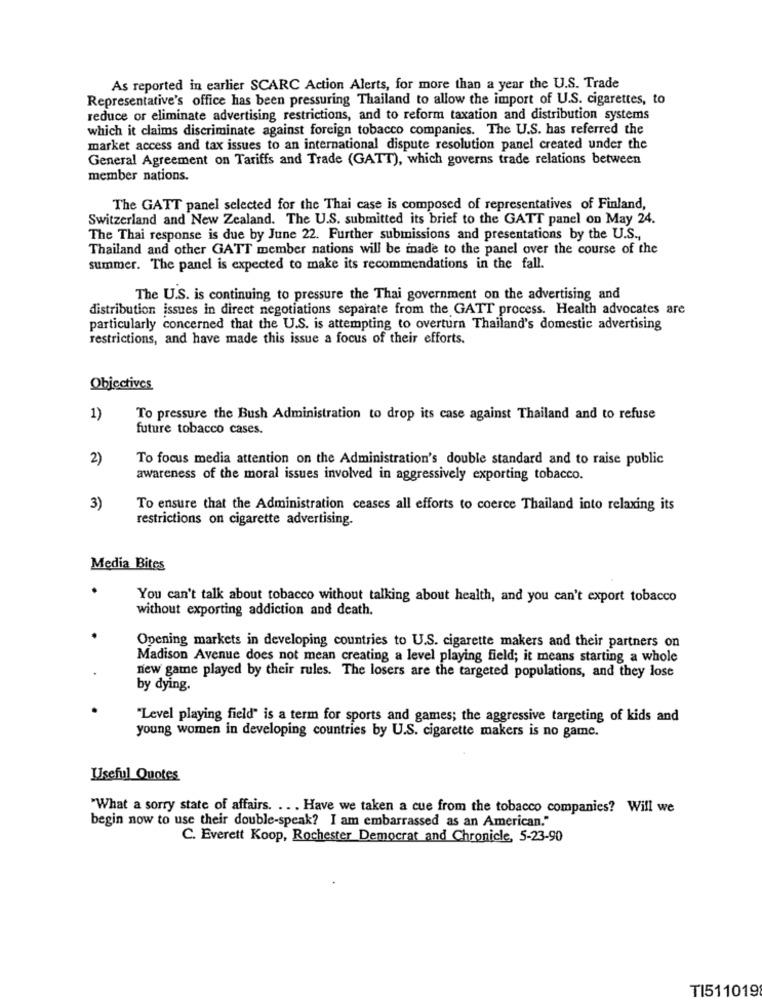
As reported in earlier SCARC Action Alerts, for more than a year the U.S. Trade
Representative's office has been pressuring Thailand to allow the import of U.S. cigarettes, to
reduce or eliminate advertising restrictions, and to reform taxation and distribution systems
which it claims discriminate against foreign tobacco companies. The U.S. has referred the
market access and tax issues to an international dispute resolution panel created under the
General Agreement on Tariffs and Trade (GATT), which governs trade relations between
member nations.
The GATT panel selected for the Thai case is composed of representatives of Finland,
Switzerland and New Zealand. The U.S. submitted its brief to the GATT panel on May 24.
The Thai response is due by June 22. Further submissions and presentations by the U.S .,
Thailand and other GATT member nations will be inade to the panel over the course of the
summer. The panel is expected to make its recommendations in the fall.
The U.S. is continuing to pressure the Thai government on the advertising and
distribution issues in direct negotiations separate from the GATT process. Health advocates are
particularly concerned that the U.S. is attempting to overturn Thailand's domestic advertising
restrictions, and have made this issue a focus of their efforts.
Objectives
1)
To pressure the Bush Administration to drop its case against Thailand and to refuse
future tobacco cases.
2)
To focus media attention on the Administration's double standard and to raise public
awareness of the moral issues involved in aggressively exporting tobacco.
3)
To ensure that the Administration ceases all efforts to coerce Thailand into relaxing its
restrictions on cigarette advertising.
Media Bites
You can't talk about tobacco without talking about health, and you can't export tobacco
without exporting addiction and death.
Opening markets in developing countries to U.S. cigarette makers and their partners on
Madison Avenue does not mean creating a level playing field; it means starting a whole
new game played by their rules. The losers are the targeted populations, and they lose
by dying.
"Level playing field" is a term for sports and games; the aggressive targeting of kids and
young women in developing countries by U.S. cigarette makers is no game.
Useful Quotes
"What a sorry state of affairs. .. . Have we taken a cue from the tobacco companies? Will we
begin now to use their double-speak? I am embarrassed as an American."
C. Everett Koop, Rochester Democrat and Chronicle, 5-23-90
TI511019